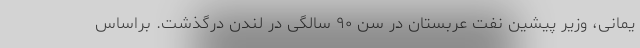
یمانی، وزیر پیشین نفت عربستان در سن ۹۰ سالگی در لندن درگذشت. براساس